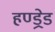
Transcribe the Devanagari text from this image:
हण्ड्रेड